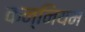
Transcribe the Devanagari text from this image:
कन्नियम